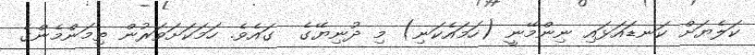
ކަލެޔަށް ކަނޑައަޅައި ނިންމޭނީ (ހަމައެކަނި) މި ދުނިޔޭގެ  ގައެވެ. ހަމަކަށަވަރުން ތިމަންމެންގެ